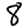
Digit: 8